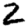
Digit: 2